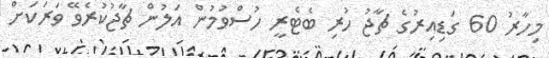
މިހާރު 60 ގަޑިއިރުގެ ޗާޖު ހުރި ބެޓެރީ ހުސްވުމުން އަލުން ޗާޖުކުރެވޭ ވަރަކަށް